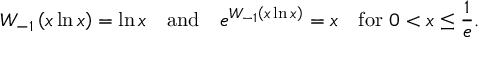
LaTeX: W _ { - 1 } \left( x \ln x \right) = \ln x \quad { \mathrm { a n d } } \quad e ^ { W _ { - 1 } \left( x \ln x \right) } = x \quad { \mathrm { f o r ~ } } 0 < x \leq { \frac { 1 } { e } } .